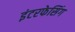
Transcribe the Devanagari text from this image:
इंटरफेसिंग